Annual report of the Punjab Veterinary College and of the Civil Veterinary Department, Punjab - 1920-1925
Year: 1920
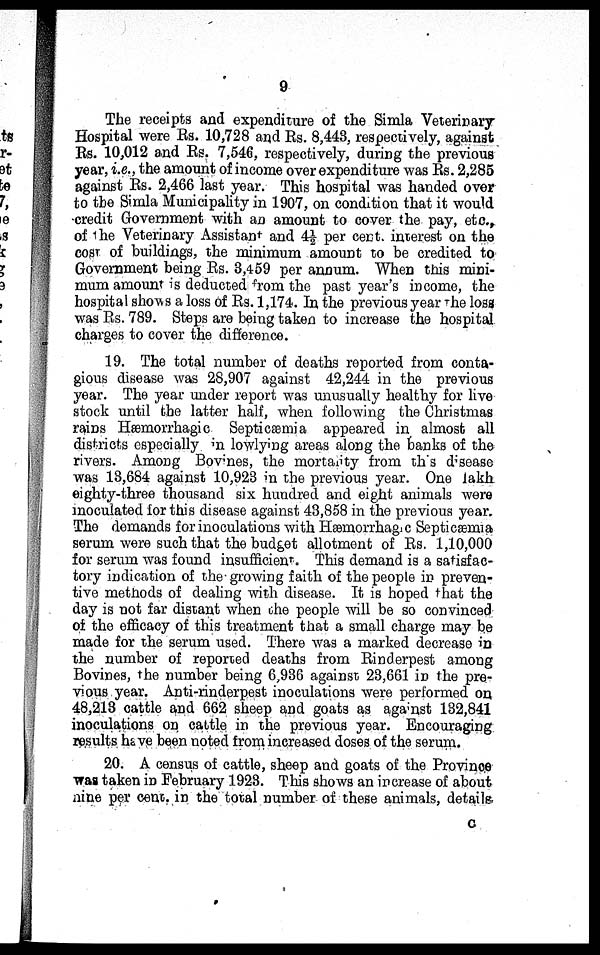
9
The receipts and expenditure of the Simla Veterinary
Hospital were Rs. 10,728 and Rs. 8,443, respectively, against
Rs. 10,012 and Rs. 7,546, respectively, during the previous
year, i.e., the amount of income over expenditure was Rs. 2,285
against Rs. 2,466 last year. This hospital was handed over
to the Simla Municipality in 1907, on condition that it would
credit Government with an amount to cover the pay, etc.,
of the Veterinary Assistant and 4½ per cent. interest on the
cost of buildings, the minimum amount to be credited to
Government being Rs. 3,459 per annum. When this mini-
mum amount is deducted from the past year's income, the
hospital shows a loss of Rs. 1,174. In the previous year the loss
was Rs. 789. Steps are being taken to increase the hospital
charges to cover the difference.
19. The total number of deaths reported from conta-
gious disease was 28,907 against 42,244 in the previous
year. The year under report was unusually healthy for live
stock until the latter half, when following the Christmas
rains Hæmorrhagic Septicæmia appeared in almost all
districts especially in lowlying areas along the banks of the
rivers. Among Bovines, the mortality from this disease
was 13,684 against 10,923 in the previous year. One lakh
eighty-three thousand six hundred and eight animals were
inoculated for this disease against 43,858 in the previous year.
The demands for inoculations with Hæmorrhagic Septicæmia
serum were such that the budget allotment of Rs. 1,10,000
for serum was found insufficient. This demand is a satisfac-
tory indication of the growing faith of the people in preven-
tive methods of dealing with disease. It is hoped that the
day is not far distant when the people will be so convinced
of the efficacy of this treatment that a small charge may be
made for the serum used. There was a marked decrease in
the number of reported deaths from Rinderpest among
Bovines, the number being 6,936 against 23,661 in the pre-
vious year. Anti-rinderpest inoculations were performed on
48,213 cattle and 662 sheep and goats as against 132,841
inoculations on cattle in the previous year. Encouraging
results have been noted from increased doses of the serum.
20. A census of cattle, sheep and goats of the Province
was taken in February 1923. This shows an increase of about
nine per cent. in the total number of these animals, details
C